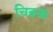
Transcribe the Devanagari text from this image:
चित्रजा